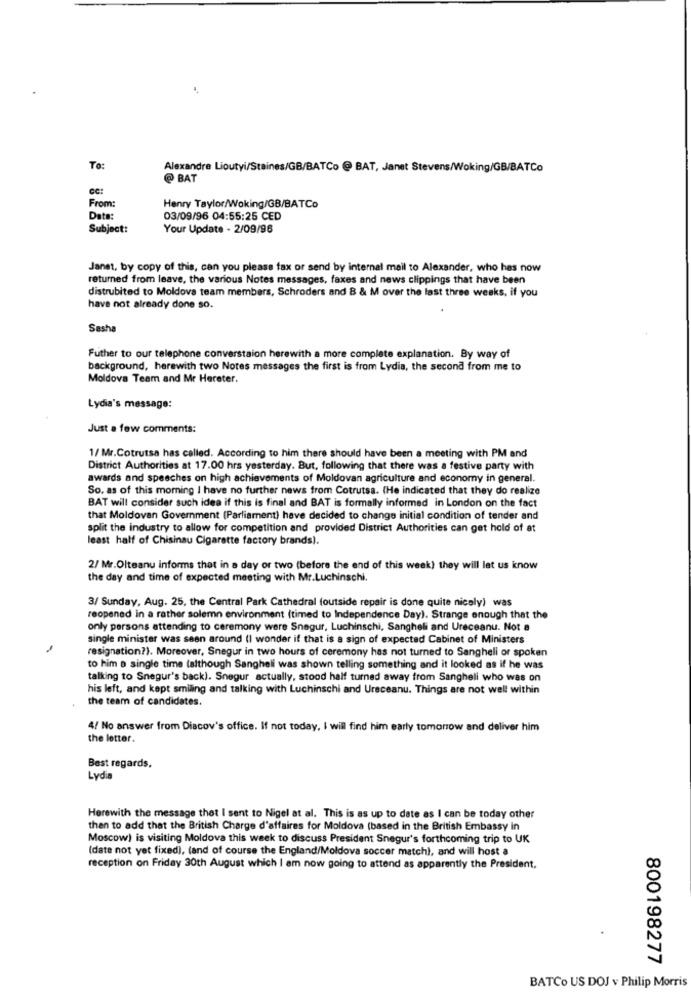
To:
Alexandre Lioutyi/Staines/GB/BATCo @ BAT, Janet Stevens/Woking/GB/BATCo
@ BAT
CC:
From:
Henry Taylor/Woking/GB/BATCo
Date:
03/09/96 04:55:25 CED
Subject:
Your Update - 2/09/96
Janet, by copy of this, can you please fax or send by internal mail to Alexander, who has now
returned from leave, the various Notes messages, faxes and news clippings that have been
distrubited to Moldova team members, Schroders and 8 & M over the last three weeks, if you
have not already done so.
Sasha
Futher to our telephone converstaion herewith a more complete explanation. By way of
background, herewith two Notes messages the first is from Lydia, the second from me to
Moldova Team and Mr Hereter.
Lydia's message:
Just a few comments:
1/ Mr.Cotrutsa has called. According to him there should have been a meeting with PM and
District Authorities at 17.00 hrs yesterday. But, following that there was a festive party with
awards and speeches on high achievements of Moldovan agriculture and economy in general.
So. as of this morning I have no further news from Cotrutsa. (He indicated that they do realize
BAT will consider such idea if this is final and BAT is formally informed in London on the fact
that Moldovan Government (Parliament) have decided to change initial condition of tender and
split the industry to allow for competition and provided District Authorities can get hold of at
least half of Chisinau Cigarette factory brands).
2/ Mr.Olteanu informs thet in a day or two (before the end of this week) they will let us know
the day and time of expected meeting with Mr.Luchinschi.
3/ Sunday, Aug. 25, the Central Park Cathedral (outside repair is done quite nicely) was
reopened in a rather solemn environment (timed to Independence Day). Strange enough that the
only persons attending to ceremony were Snegur, Luchinschi, Sangheli and Ureceanu. Not a
single minister was seen around (I wonder if that is a sign of expected Cabinet of Ministers
resignation?). Moreover, Snegur in two hours of ceremony has not turned to Sangheli or spoken
to him a single time (although Sangheli was shown telling something and it looked as if he was
talking to Snegur's back). Snegur actually, stood half turned away from Sangheli who was on
his left, and kept smiling and talking with Luchinschi and Ursceanu. Things are not well within
the team of candidates.
4/ No answer from Diacov's office. If not today, I will find him early tomorrow and deliver him
the letter.
Best regards.
Lydia
Herewith the message thet I sent to Nigel at al. This is as up to date as I can be today other
then to add that the British Charge d'affaires for Moldova (based in the British Embassy in
Moscow) is visiting Moldova this week to discuss President Snegur's forthcoming trip to UK
(date not yet fixed), (and of course the England/Moldova soccer match), and will host a
reception on Friday 30th August which I am now going to attend as apparently the President,
800198277
BATCo US DOJ v Philip Morris